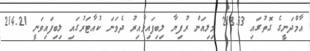
އާމްދަނީގެ ގޮތުގައި 218.33 މިލިއަން ރުފިޔާ ލިބިފައިވާއިރު ދެވަނަ ކުއާޓަރުގައި ލިބިފައިވަނީ 214.21